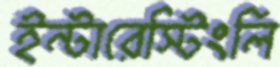
ইন্টারেস্টিংলি